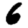
Digit: 6